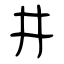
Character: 井